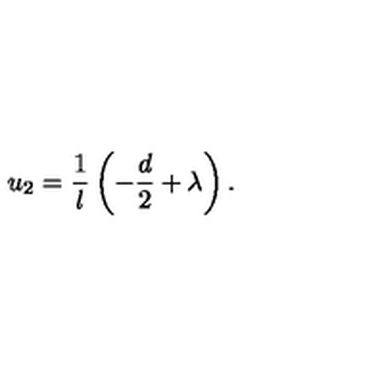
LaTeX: u _ { 2 } = \frac 1 l \left( - \frac { d } 2 + \lambda \right) .